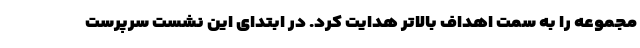
مجموعه را به سمت اهداف بالاتر هدایت کرد. در ابتدای این نشست سرپرست